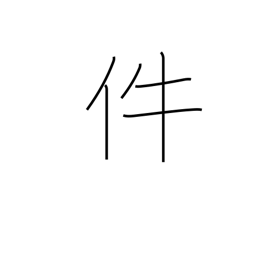
Meaning: item